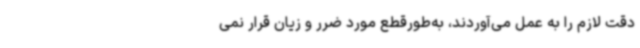
دقت لازم را به عمل می‌آوردند، به‌طورقطع مورد ضرر و زیان قرار نمی‌